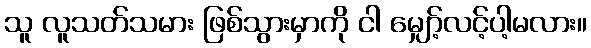
သူ လူသတ်သမား ဖြစ်သွားမှာကို ငါ မျှော့်လင့်ပါ့မလား။